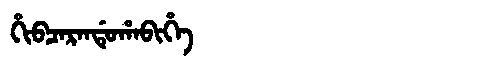
Manchu: ᡥᡳᠪᠴᠠᡵᠠᠨᡩᡠᡥᠠᠪᡳᡥᡝ
Romanization: HIBCARANDUHABIHE